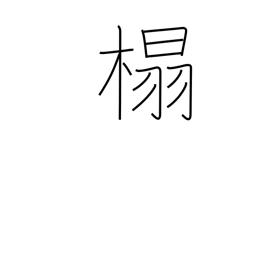
Meaning: chair